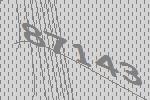
87143